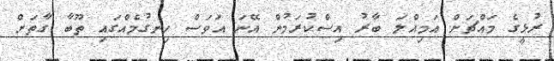
ރުޅީގެ މައްޗަށް އަމިއްލަ ބާރު އިސްކުރަމުން އޭނަ އަވަސް ހިނގުމެއްގައި ތޫބާ ގާތަށް